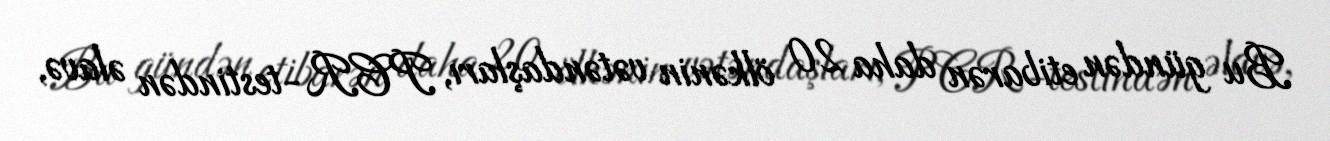
Bu gündən etibarən daha 20 ölkənin vətəndaşları, PCR-testindən əlavə,